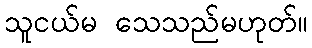
သူငယ်မ သေသည်မဟုတ်။